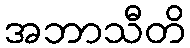
အဘာသီတိ